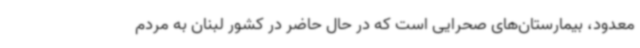
معدود، بیمارستان‌های صحرایی است که در حال حاضر در کشور لبنان به مردم